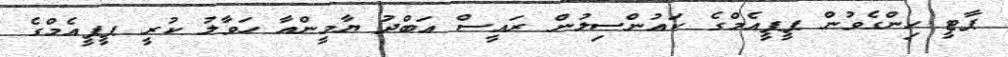
ޕާޓީ ހިންގެވުން ޕީޕީއެމްގެ ކައުންސިލުން ރައީސް އަބްދު ޔާމީންއާ ހަވާލު ކުރީ ޕީޕީއެމްގެ